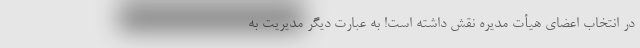
در انتخاب اعضای هیأت مدیره نقش داشته است! به عبارت دیگر مدیریت به